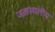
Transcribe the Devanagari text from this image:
जलस्थलीय